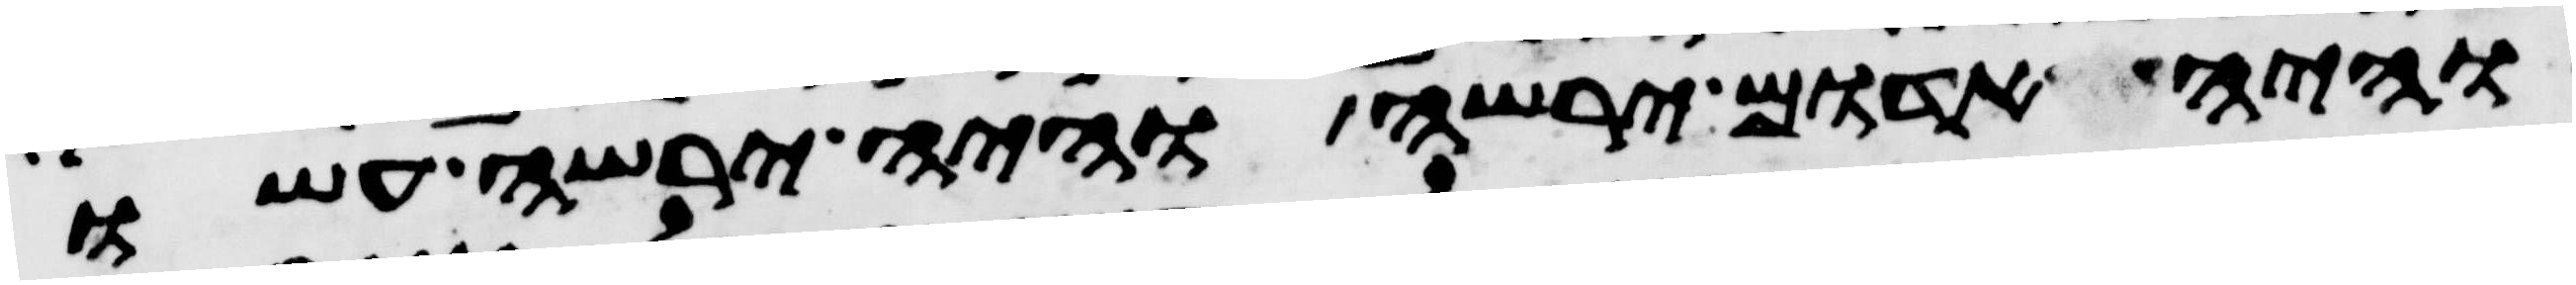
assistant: והיה אדום ירשה והיה ירשה עשו